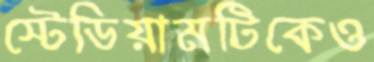
স্টেডিয়ামটিকেও